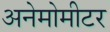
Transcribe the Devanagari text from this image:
अनेमोमीटर